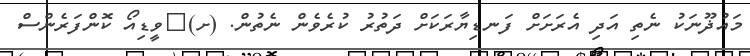
މައުޛޫނަކު ނެތި އަދި އެރަށަށް ފަނޑިޔާރަކަށް ދަތުރު ކުރެވެން ނެތުން. (ށ)	ވީޑިއޯ ކޮންފަރެންސް